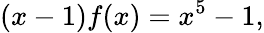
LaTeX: (x-1)f(x)=x^{5}-1,